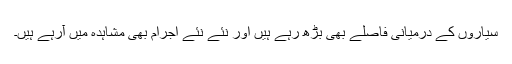
سیاروں کے درمیانی فاصلے بھی بڑھ رہے ہیں اور نئے نئے اجرام بھی مشاہدہ میں آرہے ہیں۔